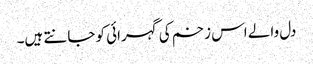
دل والے اس زخم کی گہرائی کو جانتے ہیں۔